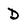
Character: D